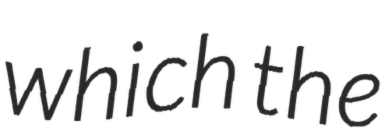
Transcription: which the